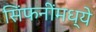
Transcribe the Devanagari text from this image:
सिंफनींमध्ये